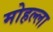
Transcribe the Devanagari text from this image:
मोहल्‍ला